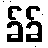
ခ်ခ်